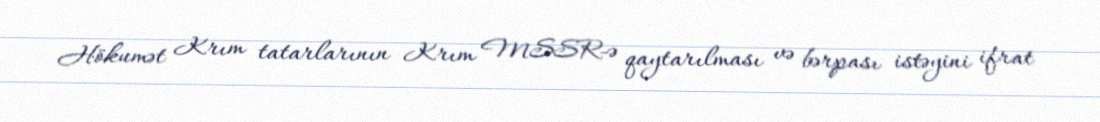
Hökumət Krım tatarlarının Krım MSSR-ə qaytarılması və bərpası istəyini ifrat